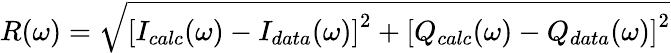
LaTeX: R(\omega)=\sqrt{\left[I_{calc}(\omega)-I_{data}(\omega)\right]^{2}+\left[Q_{calc}(\omega)-Q_{data}(\omega)\right]^{2}}